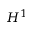
H ^ { 1 }